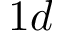
1 d